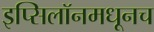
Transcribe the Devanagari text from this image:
इप्सिलॉनमधूनच